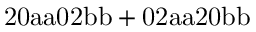
\mathrm { 2 0 a a 0 2 b b + 0 2 a a 2 0 b b }